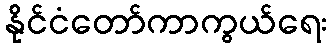
နိုင်ငံတော်ကာကွယ်ရေး